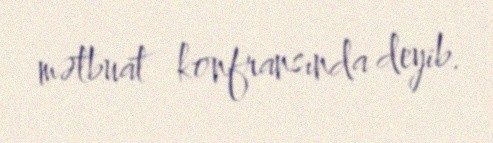
mətbuat konfransında deyib.